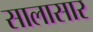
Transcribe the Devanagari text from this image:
सालासार